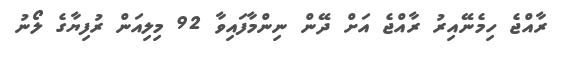
ރާއްޖެ ހިމެނޭއިރު ރާއްޖެ އަށް ދޭން ނިންމާފައިވާ 92 މިލިއަން ރުފިޔާގެ ލޯނު